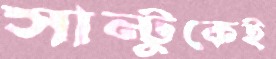
সান্টুকেই